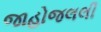
જાહોજલલી